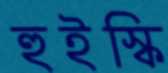
হুইস্কি